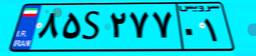
۶۳S۷۲۳۷۸